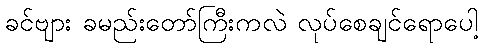
ခင်ဗျား ခမည်းတော်ကြီးကလဲ လုပ်စေချင်ရောပေါ့